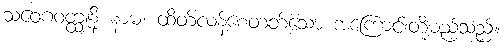
သံဝေဂဝတ္ထူနိ နာမ၊ ထိတ်လန့်စေတတ်သော အကြောင်းတို့မည်သည်။